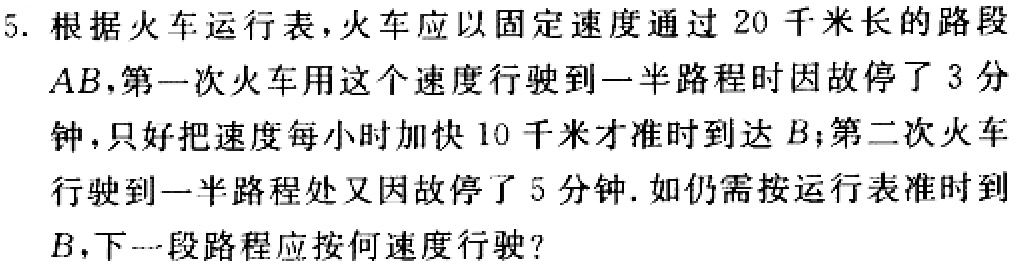
5. 根据火车运行表，火车应以固定速度通过 20 千米长的路段
$AB$，第一次火车用这个速度行驶到一半路程时因故停了 3 分
钟，只好把速度每小时加快 10 千米才准时到达$B$；第二次火车
行驶到一半路程处又因故停了 5 分钟. 如仍需按运行表准时到
$B$，下一段路程应按何速度行驶？